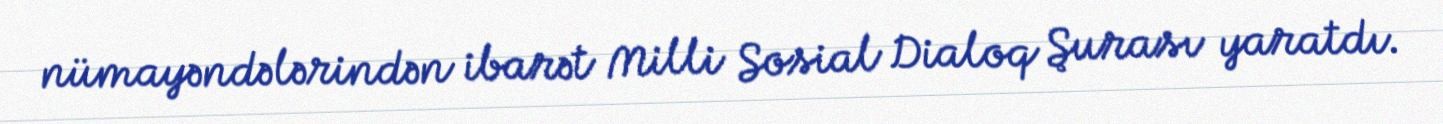
nümayəndələrindən ibarət Milli Sosial Dialoq Şurası yaratdı.